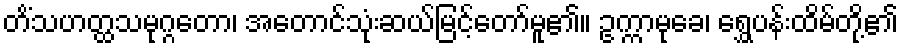
တိံသဟတ္ထသမုဂ္ဂတော၊ အတောင်သုံးဆယ်မြင့်တော်မူ၏။ ဥက္ကာမုခေ၊ ရွှေပန်းထိမ်တို့၏